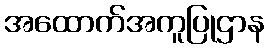
အထောက်အကူပြုဌာန